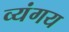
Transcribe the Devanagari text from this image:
व्यंगय